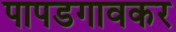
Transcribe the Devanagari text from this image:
पापडगावकर